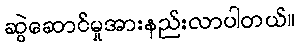
ဆွဲဆောင်မှုအားနည်းလာပါတယ်။